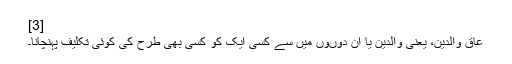
[3]
عاق والدین، یعنی والدین یا ان دوںوں میں سے کسی ایک کو کسی بھی طرح کی کوئی تکلیف پہنچانا۔